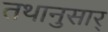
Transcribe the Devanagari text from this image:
तथानुसार्